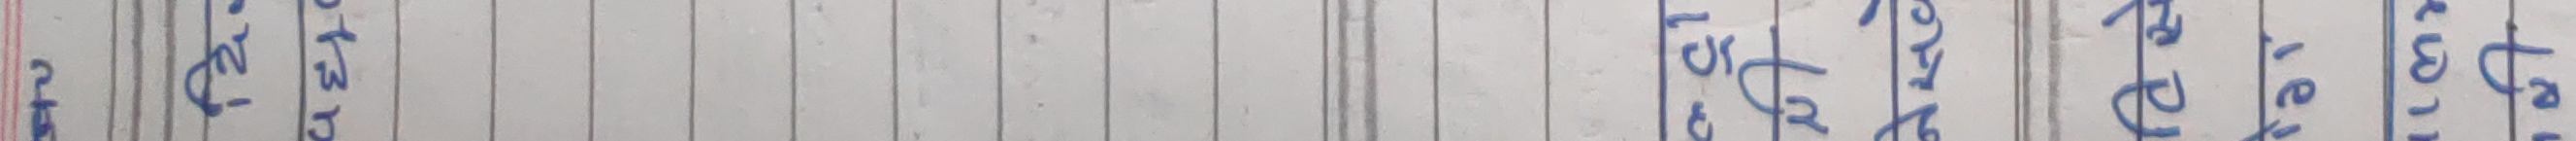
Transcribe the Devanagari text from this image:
नृत्य शक्ति समस्या निराकरण वचन आज्ञा परिपूर्ण अर्थ कर्तव्य